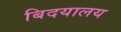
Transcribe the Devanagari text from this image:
बिदयालय